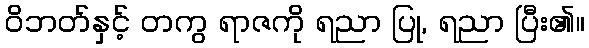
ဝိဘတ်နှင့် တကွ ရာဇကို ရညာ ပြု, ရညာ ပြီး၏။